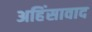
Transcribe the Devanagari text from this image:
अहिंसावाद